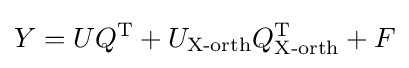
Y=UQ^{\mathrm {T} }+U_{\text{X-orth}}Q_{\text{X-orth}}^{\mathrm {T} }+F